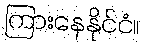
ကြားနေနိုင်ငံ။